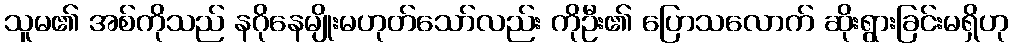
သူမ၏ အစ်ကိုသည် နဂိုနေမျိုးမဟုတ်သော်လည်း ကိုဦး၏ ပြောသလောက် ဆိုးရွားခြင်းမရှိဟု